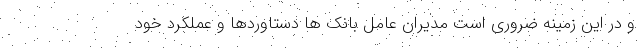
و در این زمینه ضروری است مدیران عامل بانک ها دستاوردها و عملکرد خود